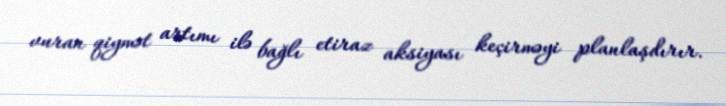
vuran qiymət artımı ilə bağlı etiraz aksiyası keçirməyi planlaşdırır.